King Institute of Preventive Medicine Micro-Biological Section reports 1909-11
Year: 1909
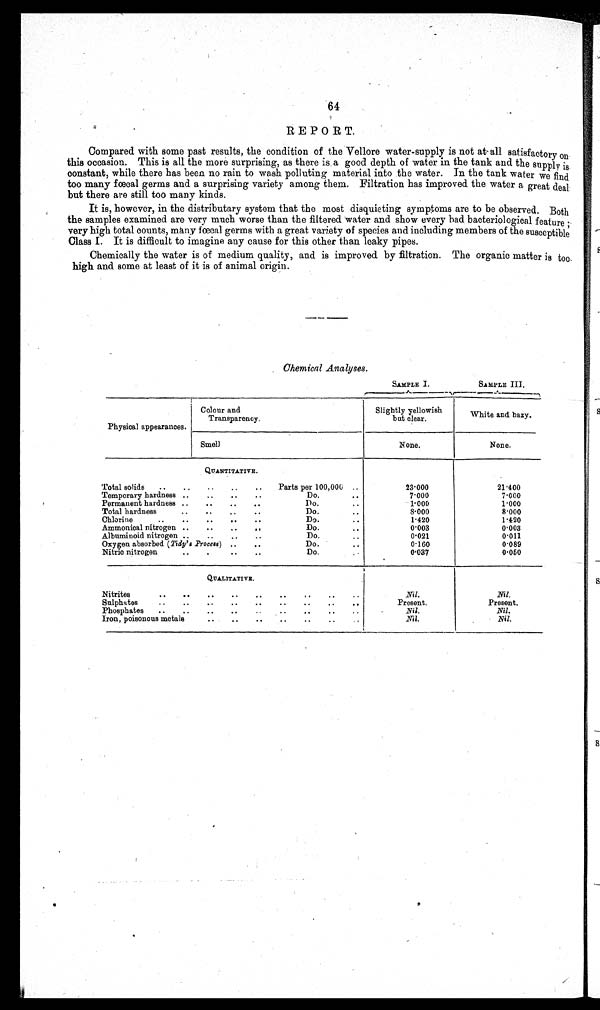
64
REPORT.
Compared with some past results, the condition of the Vellore water-supply is not at all satisfactory on
this occasion. This is all the more surprising, as there is a good depth of water in the tank and the supply is
constant, while there has been no rain to wash polluting material into the water. In the tank water we find
too many fœcal germs and a surprising variety among them. Filtration has improved the water a great deal
but there are still too many kinds.
It is, however, in the distributary system that the most disquieting symptoms are to be observed. Both
the samples examined are very much worse than the filtered water and show every bad bacteriological feature ;
very high total counts, many fœcal germs with a great variety of species and including members of the susceptible
Class I. It is difficult to imagine any cause for this other than leaky pipes.
Chemically the water is of medium quality, and is improved by filtration. The organic matter is too
high and some at least of it is of animal origin.
Chemical Analyses.
SAMPLE I.
SAMPLE III.
Physical appearances.
Colour and
Transparency.
Slightly yellowish
b u t c l e a r .
White and bazy.
Smell
None.
None.
QUANTITATIVE .
Total solids .. .. .. .. .. Parts per 100,000 ..
23.000
21.400
Temporary hardness .. .. .. ..
Do.
. .
7.000
7.000
Permanent hardness .. .. .. ..
Do.
. .
1.000
1.000
Total hardness
.. .. .. ..
Do.
..
8 . 0 0 0
8.000
Chlorine
.. .. .. .. ..
..
..
...
Do.
..
1.420
1.420
Ammonical nitrogen .. .. .. ..
Do.
..
0.003
0.003
Albuminoid nitrogen .. .. .. ..
Do...
0.021
0.011
Oxygen absorbed (Tidy's Process) .. ..
Do.
..
0.160
0.089
Nitric nitrogen
.. .. .. ..
Do.
..
0 . 0 3 7
0.050
QUALITATIVE.
Nitrites
.. .. .. .. .. .. .. .. ..
Nil.
_Nil.
Sulphates
.. .. .. .. .. .. .. .. ..
Present.
Present.
• • .. . • ..
Phosphates .. .. .. ..
..
N i l .
Nil.
Iron, poisonous metals .. .. .. .. .. ..
N i l .
Nil.